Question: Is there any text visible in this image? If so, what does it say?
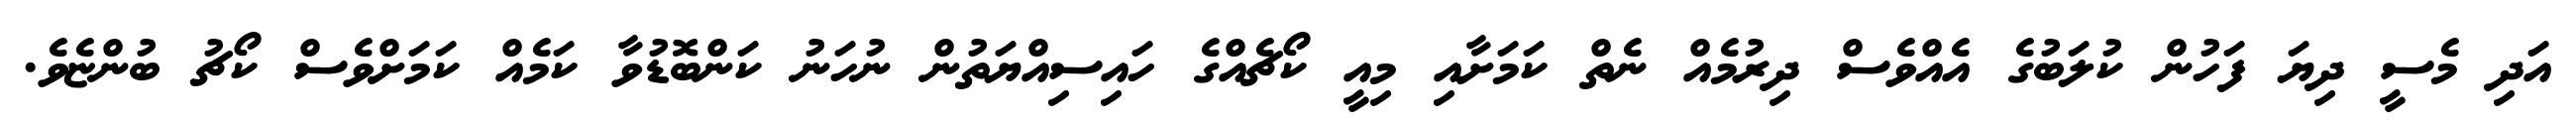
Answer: އަދި މެސީ ދިޔަ ފަހުން ކުލަބުގެ އެއްވެސް ދިރުމެއް ނެތް ކަމަށާއި މިއީ ކޯޗެއްގެ ހައިސިއްޔަތުން ނުހަނު ކަންބޮޑުވާ ކަމެއް ކަމަށްވެސް ކޯޗު ބުންޏެވެ.